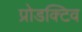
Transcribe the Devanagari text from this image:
प्रोडक्टिव